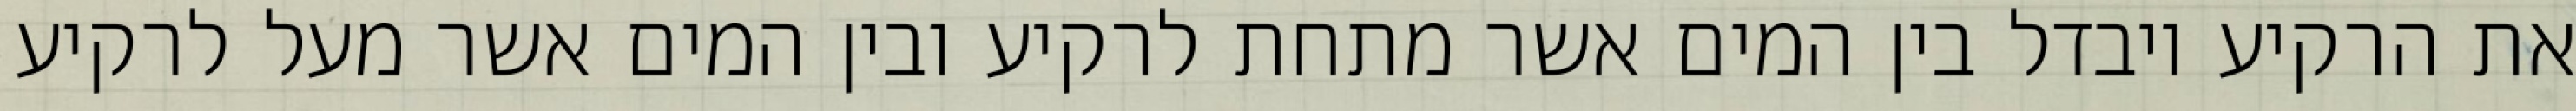
את הרקיע ויבדל בין המים אשר מתחת לרקיע ובין המים אשר מעל לרקיע